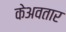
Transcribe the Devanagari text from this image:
केअवतार